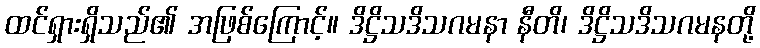
ထင်ရှားရှိသည်၏ အဖြစ်ကြောင့်။ ဒိဋ္ဌိသဒိသဂမနာ နီတိ၊ ဒိဋ္ဌိသဒိသဂမနတို့